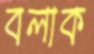
বলাক